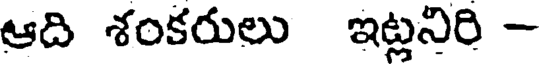
ఆది శంకరులు ఇట్లనిరి -